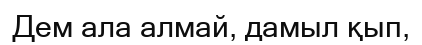
Дем ала алмай, дамыл қып,